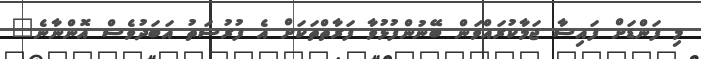
މި ފަންޑަށް ފައިސާ ޖަމާކުރައްވަން ބޭނުންފުޅުވާ ފަރާތްތަކަށް އެ ފުރުސަތު އަބަދުވެސް އޮންނާނެ"